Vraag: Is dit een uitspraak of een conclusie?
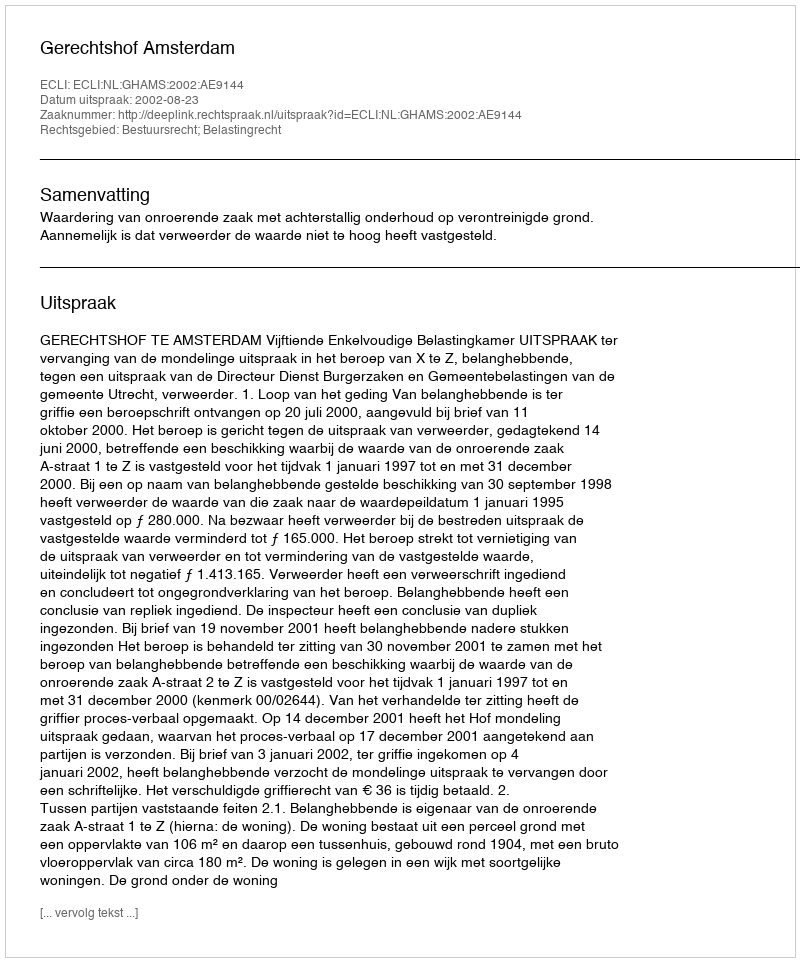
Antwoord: Uitspraak